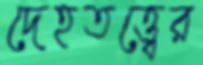
দেহতত্ত্বের